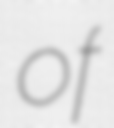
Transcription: of